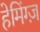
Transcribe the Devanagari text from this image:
हेमिंग्ज़